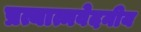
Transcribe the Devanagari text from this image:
प्रत्यात्मवेदनीय